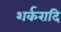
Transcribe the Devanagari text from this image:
शर्करादि